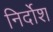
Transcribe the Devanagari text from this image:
निर्दोश